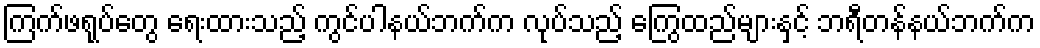
ကြက်ဖရုပ်တွေ ရေးထားသည့် ကွင်ပါနယ်ဘက်က လုပ်သည့် ကြွေထည်များနှင့် ဘရီတန်နယ်ဘက်က